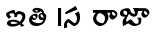
ఇతి ।స రాజా